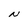
Character: N